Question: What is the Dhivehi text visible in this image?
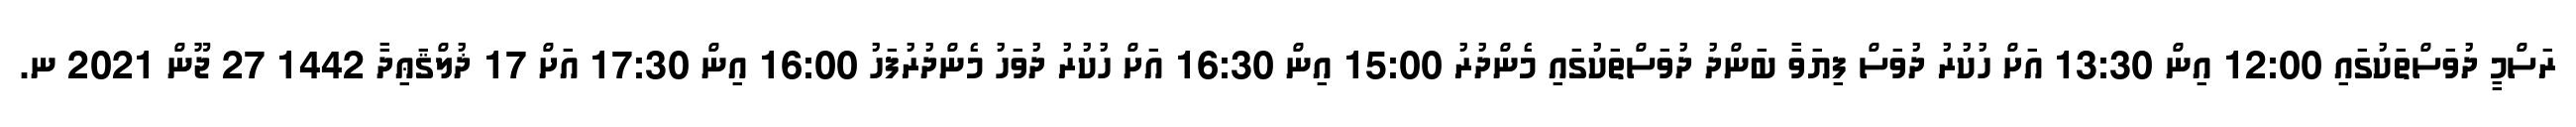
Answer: ރަސްމީ ދުވަސްތަކުގައި 12:00 އިން 13:30 އަށް ހުކުރު ދުވަސް ފިޔަވާ ބަންދު ދުވަސްތަކުގައި މެންދުރު 15:00 އިން 16:30 އަށް ހުކުރު ދުވަހު މެންދުރުފަހު 16:00 އިން 17:30 އަށް 17 ޛުލްޤަޢިދާ 1442 27 ޖޫން 2021 ނ.